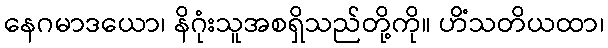
နေဂမာဒယော၊ နိဂုံးသူအစရှိသည်တို့ကို။ ဟိံသတိယထာ၊